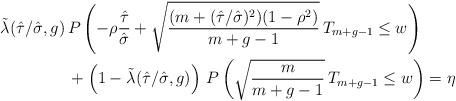
LaTeX: \begin{align*}\tilde{\lambda}(\hat{\tau}/\hat{\sigma},g) \,&P \left( - \rho \frac{\hat{\tau}}{\hat{\sigma}} + \sqrt{\frac{(m + (\hat{\tau}/\hat{\sigma})^2)(1 - \rho^2)}{m+g-1}} \,T_{m+g-1} \le w \right) \\&+ \left(1-\tilde{\lambda}(\hat{\tau}/\hat{\sigma},g)\right) \,P \left( \sqrt{\frac{m}{m+g-1}} \, T_{m+g-1} \le w \right) = \eta\end{align*}